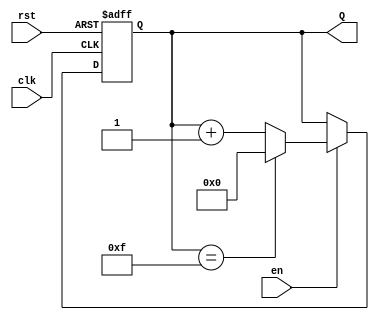
module binary_up_counter #(
    parameter n = 4  // Number of bits in the counter
) (
    input wire clk,     // Clock signal
    input wire rst,     // Asynchronous reset (active high)
    input wire en,      // Enable signal
    output reg [n-1:0] Q // n-bit output count
);

    // Always block for sequential logic
    always @(posedge clk or posedge rst) begin
        if (rst) begin
            // Reset the counter to 0
            Q <= 0;
        end else if (en) begin
            // Increment the counter, wrap-around at maximum value
            if (Q == (1 << n) - 1) begin
                Q <= 0; // Wrap around condition
            end else begin
                Q <= Q + 1; // Increment count
            end
        end
        // If enable is low, retain current value (no action required)
    end

endmodule